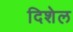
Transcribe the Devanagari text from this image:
दिशेल